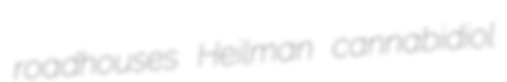
roadhouses Heilman cannabidiol